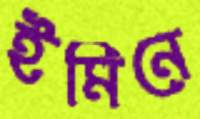
ইমিনে